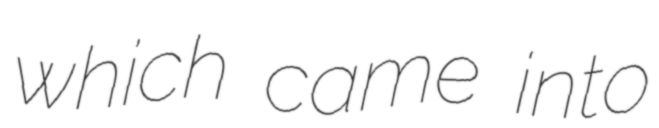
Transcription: which came into